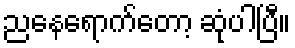
ညနေရောက်တော့ ဆုံပါပြီ။